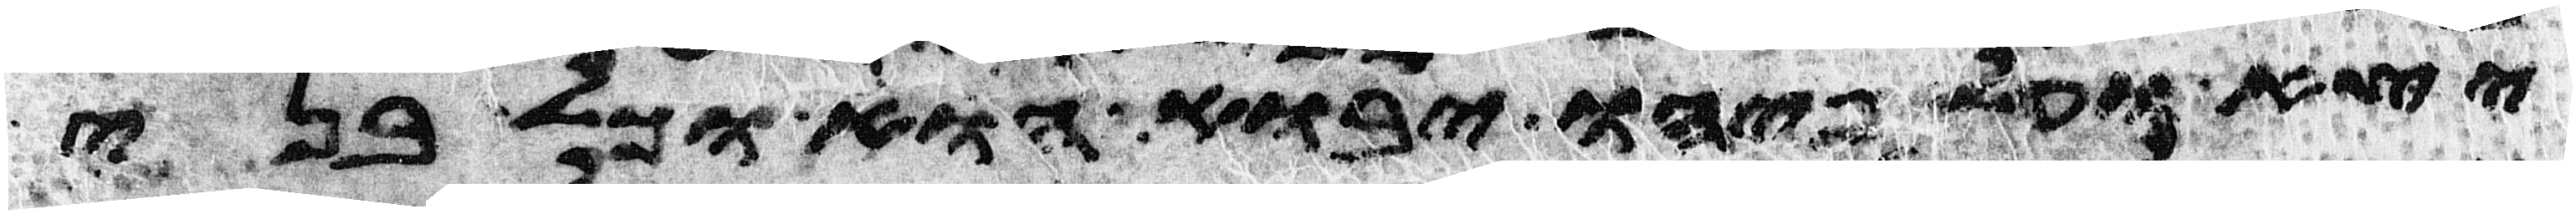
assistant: יצא ועל פיהו יבוא הוא וכל בני